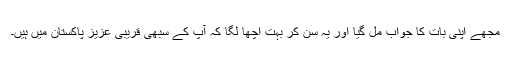
مجھے اپنی بات کا جواب مل گیا اور یہ سن کر بہت اچھا لگا کہ آپ کے سبھی قریبی عزیز پاکستان میں ہیں۔